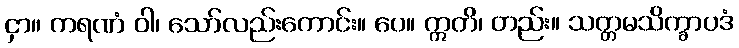
ငှာ။ ကရဏံ ဝါ၊ သော်လည်းကောင်း။ ပေ။ ဣတိ၊ တည်း။ သတ္တမသိက္ခာပဒံ